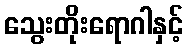
သွေးတိုးရောဂါနှင့်